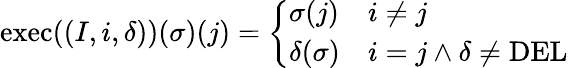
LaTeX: \begin{array}{r}{\mathrm{exec}((I,i,\delta))(\sigma)(j)=\left\{ \begin{array}{ll}{\sigma(j)}&{i\neq j}\\ {\delta(\sigma)}&{i=j\wedge\delta\neq\mathrm{DEL}}\end{array}\right.}\end{array}